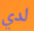
لدي